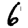
Digit: 6